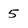
Character: 5